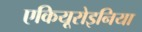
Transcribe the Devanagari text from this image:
एकियूरोइनिया